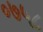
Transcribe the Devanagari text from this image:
०७५८